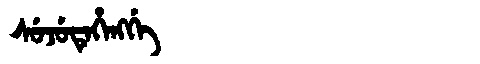
Manchu: ᠰᡠᠵᡠᡨᡝᡥᡝᠩᡤᡝ
Romanization: SUJUTEHENGGE